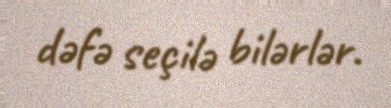
dəfə seçilə bilərlər.